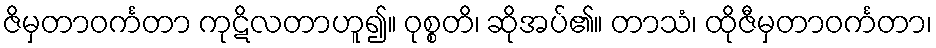
ဇိမှတာဝင်္ကတာ ကုဋိလတာဟူ၍။ ဝုစ္စတိ၊ ဆိုအပ်၏။ တာသံ၊ ထိုဇီမှတာဝင်္ကတာ၊